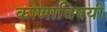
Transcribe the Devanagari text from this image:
कोणाविषयी